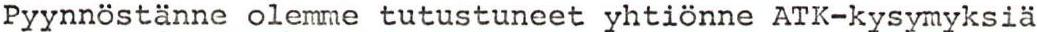
Pyynnöstänne olemme tutustuneet yhtiönne ATK-kysymyksiä